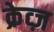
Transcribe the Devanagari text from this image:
क्रेव्ज़